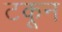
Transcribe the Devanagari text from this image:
टकून